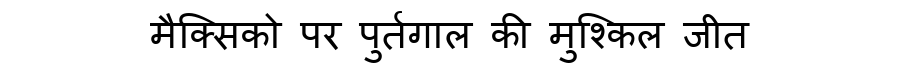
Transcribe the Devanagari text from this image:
मैक्सिको पर पुर्तगाल की मुश्किल जीत